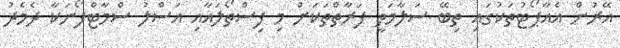
އޭރުން އެއާޕޯޓުތަކުގައި ތިބޭ ސަލާމަތީ ފަރާތްތަކަށް މި ފިސްތޯލައާއި އަސްލު ސްމާޓްފޯނަކާ ދެމެދު